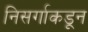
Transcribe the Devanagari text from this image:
निसर्गाकडून